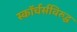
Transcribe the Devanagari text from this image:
स्कॉर्चर्सविरुद्ध